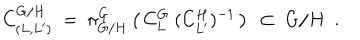
LaTeX: C _ { ( L , L ^ { \prime } ) } ^ { G / H } \ = \ \pi _ { G / H } ^ { G } \left( \, C _ { L } ^ { G } \ ( C _ { L ^ { \prime } } ^ { H } ) ^ { - 1 } \, \right) \ \subset \ G / H \ \ .